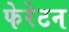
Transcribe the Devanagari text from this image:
फेरेटन